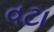
વટા